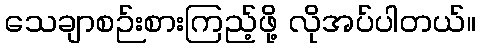
သေချာစဉ်းစားကြည့်ဖို့ လိုအပ်ပါတယ်။